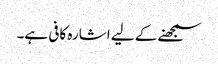
سمجھنے کے لیے اشارہ کافی ہے۔